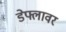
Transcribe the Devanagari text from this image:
डेफ्लावर